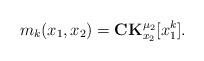
LaTeX: \begin{align*} m_{k}(x_1,x_2)=\mathbf{CK}_{x_2}^{\mu_2}[x_1^{k}].\end{align*}